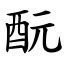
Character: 酛